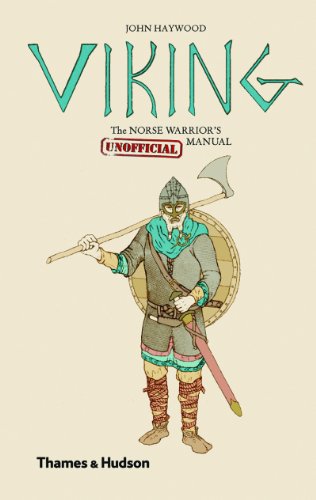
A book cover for Viking: The Norse Warrior's [Unofficial] Manual; John Haywood; History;